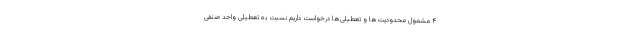
۴ مشمول محدودیت‌ها و تعطیلی‌ها درخواست داریم نسبت به تعطیلی واحد صنفی